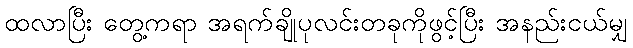
ထလာပြီး တွေ့ကရာ အရက်ချိုပုလင်းတခုကိုဖွင့်ပြီး အနည်းငယ်မျှ